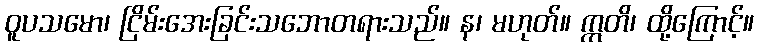
ဝူပသမော၊ ငြိမ်းအေးခြင်းသဘောတရားသည်။ န၊ မဟုတ်။ ဣတိ၊ ထို့ကြောင့်။